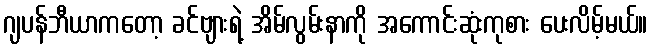
ဂျပန်ဘီယာကတော့ ခင်ဗျားရဲ့ အိမ်လွမ်းနာကို အကောင်းဆုံးကုစား ပေးလိမ့်မယ်။